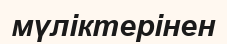
мүліктерінен